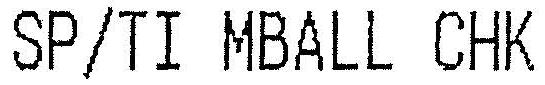
SP/TI MBALL CHK